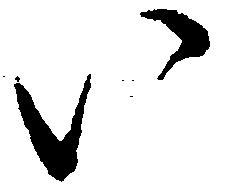
い